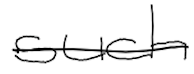
Text: such
Cross-out: single-line
Writing tool: digital_black